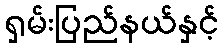
ရှမ်းပြည်နယ်နှင့်